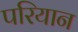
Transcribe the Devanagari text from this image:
परियान